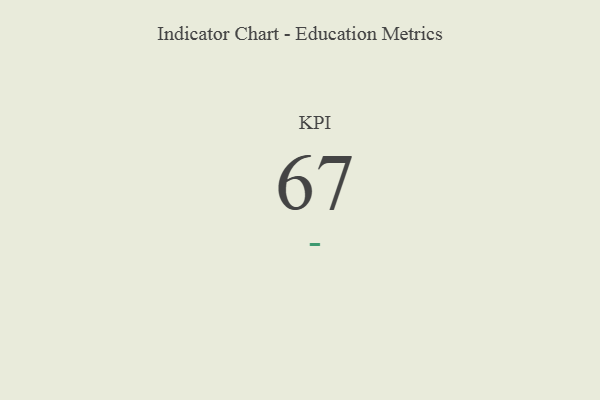
{"axis": {"x": "KPI", "y": "Value"}, "legend": [""], "data": [{"x": "KPI", "y": 67, "type": ""}]}